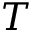
T